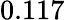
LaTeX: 0.117